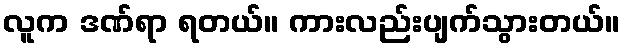
လူက ဒဏ်ရာ ရတယ်။ ကားလည်းပျက်သွားတယ်။